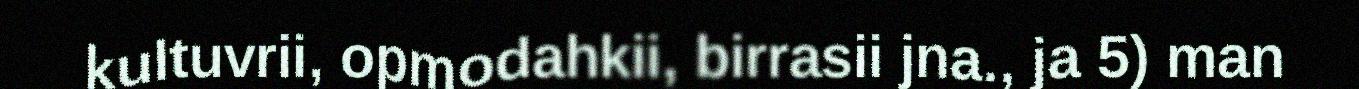
kultuvrii, opmodahkii, birrasii jna., ja 5) man